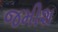
જમીશ